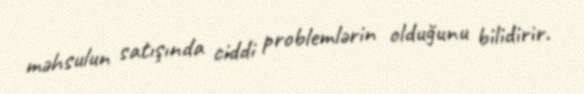
məhsulun satışında ciddi problemlərin olduğunu bilidirir.